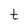
Character: t